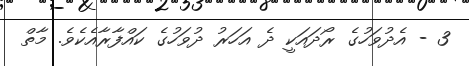
3 - އެދުވަހުގެ ރޯދައަކީ ދެ އަހަރު ދުވަހުގެ ކައްފާރާއެކެވެ. މާތް